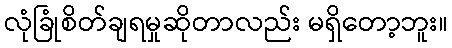
လုံခြုံစိတ်ချရမှုဆိုတာလည်း မရှိတော့ဘူး။